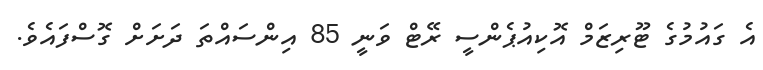
އެ ގައުމުގެ ޓޫރިޒަމް އޮކިއުޕެންސީ ރޭޓް ވަނީ 85 އިންސައްތަ ދަށަށް ގޮސްފައެވެ.